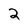
Character: 2